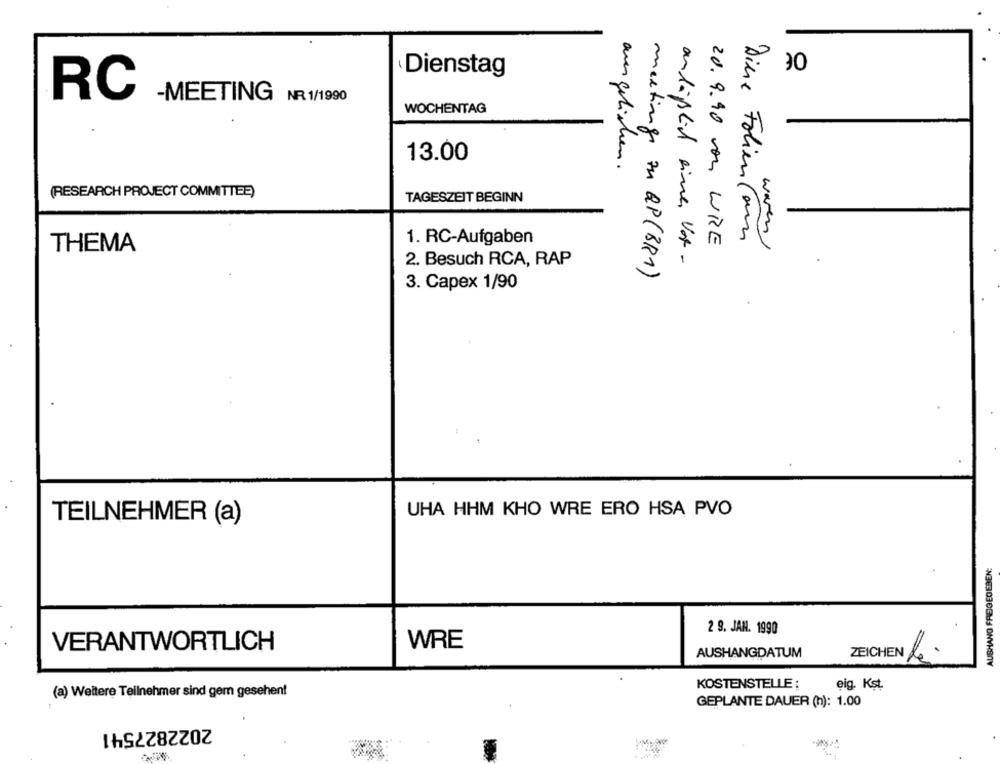
30
Dienstag
RC
-MEETING NR 1/1990
WOCHENTAG
13.00
ausgeliehen.
(RESEARCH PROJECT COMMITTEE)
TAGESZEIT BEGINN
Diese Folien Com
1. RC-Aufgaben
20.9.90 von WRE
waren
THEMA
2. Besuch RCA, RAP
andiphil einer Vor -
meetings zu QP (BR1)
3. Capex 1/90
UHA HHM KHO WRE ERO HSA PVO
TEILNEHMER (a)
2 9. JAN. 1990
VERANTWORTLICH
WRE
AUSHANGDATUM
KOSTENSTELLE :
eig. Kst.
(a) Weitere Teilnehmer sind gem gesehen!
GEPLANTE DAUER (h): 1.00
2022827541